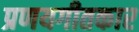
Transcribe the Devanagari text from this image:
प्रणयगीतकार